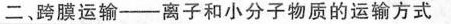
二、跨膜运输——离子和小分子物质的运输方式